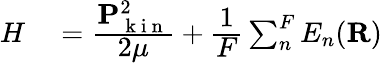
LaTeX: \begin{array}{rl}{H}&{{}=\cfrac{\mathbf{P}_{\mathrm{~k~i~n~}}^{2}}{2\mu}+\cfrac{1}{F}\sum_{n}^{F}E_{n}(\mathbf{R})}\end{array}